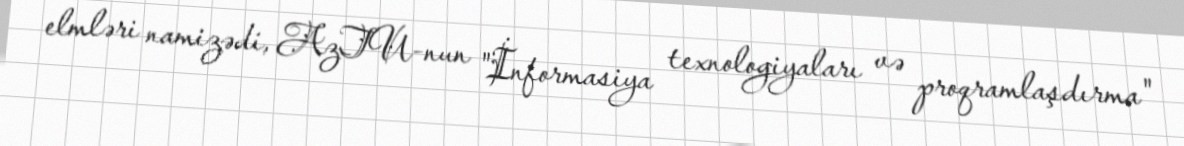
elmləri namizədi, AzTU-nun "İnformasiya texnologiyaları və proqramlaşdırma"